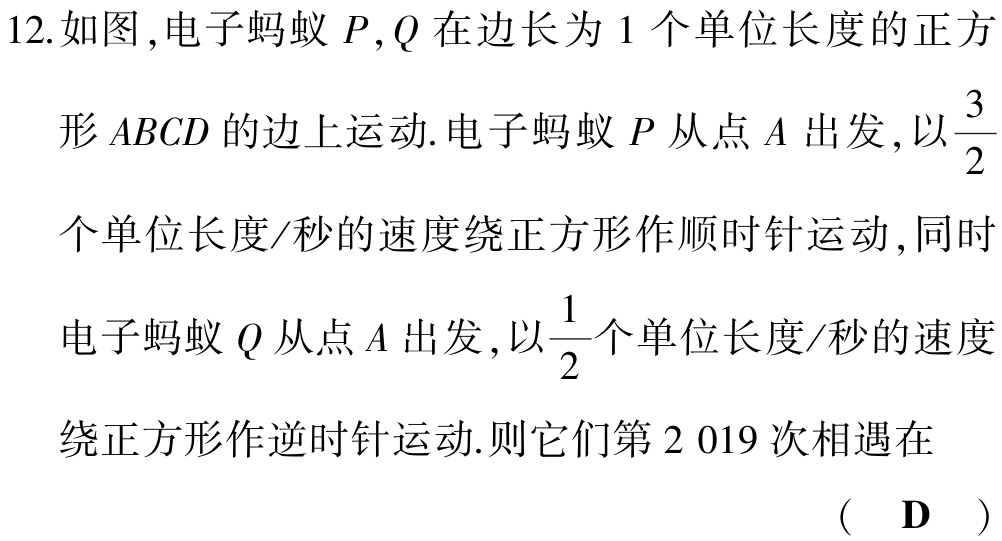
12.如图,电子蚂蚁 \(P,Q\) 在边长为 \(1\) 个单位长度的正方形 \(ABCD\) 的边上运动.电子蚂蚁 \(P\) 从点 \(A\) 出发,以 \(\frac{3}{2}\)个单位长度/秒的速度绕正方形作顺时针运动,同时电子蚂蚁 \(Q\) 从点 \(A\) 出发,以 \(\frac{1}{2}\)个单位长度/秒的速度绕正方形作逆时针运动.则它们第 \(2019\) 次相遇在 （ \(\mathbf{D}\) ）